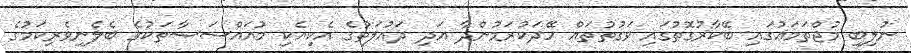
ނުލިބި މުޖްތަމަޢުގައި ބޭކާރުގޮތުގައި ވަގުތުތައް ހޭދަކުރަމުންދާ އަދި ދައުލަތުގެ އެކިއެކި މުއައްސަސާތަކުގެ ބެލެނިވެރިކަމުގެ